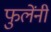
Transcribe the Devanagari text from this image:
फुलेंनी